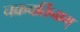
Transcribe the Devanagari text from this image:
चक्रवर्तिनाम्